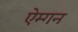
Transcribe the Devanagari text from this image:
ऐम्गन